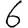
Digit: 6